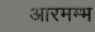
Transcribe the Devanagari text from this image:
आरमम्भ